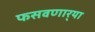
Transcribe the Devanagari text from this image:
फसवणार्‍या